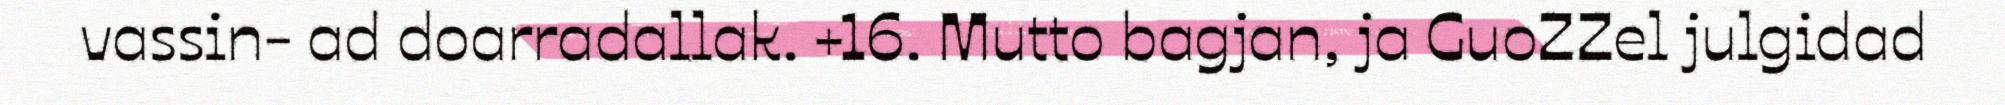
vassin- ad doarradallak. +16. Mutto bagjan, ja GuoZZel julgidad